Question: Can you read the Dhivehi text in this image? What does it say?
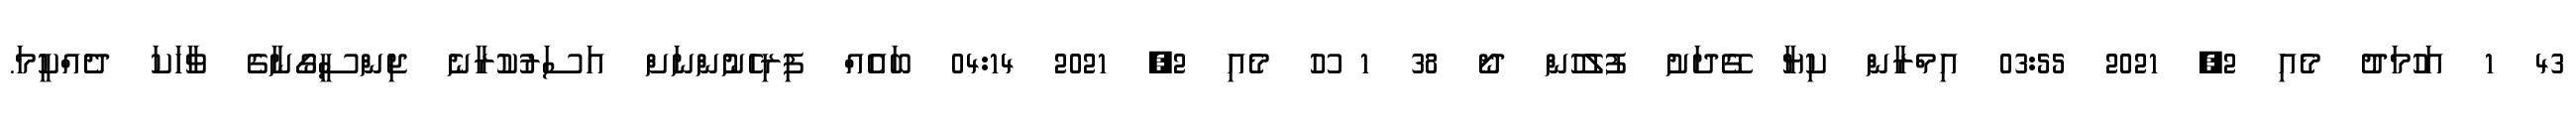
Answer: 43 1 އަހުމަދު މެއި 2, 2021 03:55 އިމްރާން ކިޔާ ގޭދަށު ފުލުހުން ދޯ 38 1 ހޫ މެއި 2, 2021 04:14 ބައެއް ފިރިހެނުންނަށް އަސަރުކުރާނެ ޖިންސީގޯނާގެ ވާހަކަ ދެއްކީމަ.